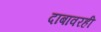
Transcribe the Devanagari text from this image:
दाबावरही